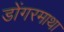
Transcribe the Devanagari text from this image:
डोंगरमाथा